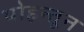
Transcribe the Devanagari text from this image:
पोहन्तून